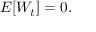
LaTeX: E [ W _ { t } ] = 0 .